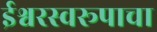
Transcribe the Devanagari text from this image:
ईश्वरस्वरूपाचा